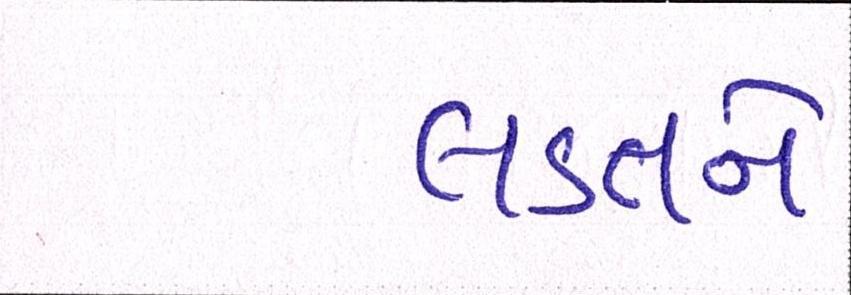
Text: લડતને